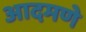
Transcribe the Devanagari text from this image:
आदमणे